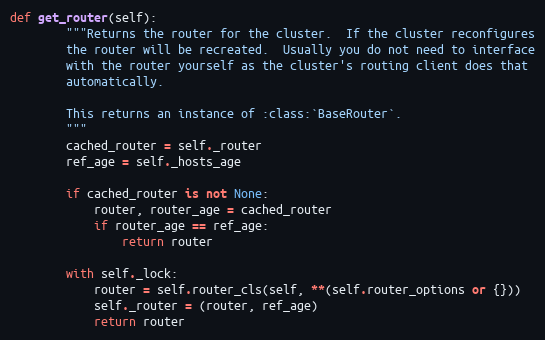
Language: Python
def get_router(self):
        """Returns the router for the cluster.  If the cluster reconfigures
        the router will be recreated.  Usually you do not need to interface
        with the router yourself as the cluster's routing client does that
        automatically.

        This returns an instance of :class:`BaseRouter`.
        """
        cached_router = self._router
        ref_age = self._hosts_age

        if cached_router is not None:
            router, router_age = cached_router
            if router_age == ref_age:
                return router

        with self._lock:
            router = self.router_cls(self, **(self.router_options or {}))
            self._router = (router, ref_age)
            return router